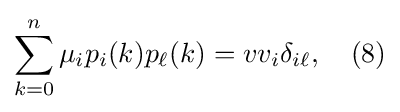
\sum _{k=0}^{n}\mu _{i}p_{i}(k)p_{\ell }(k)=vv_{i}\delta _{i\ell },\quad (8)